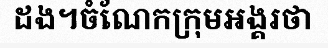
ដង។ចំណែកក្រុមអង្គរថា